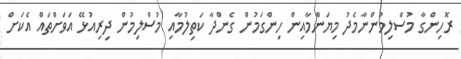
ރޮހިންގާ މުސްލިމުންނާމެދު މިޔަންމާއިން ހިންގަމުން ގެންދާ ކަތިލުމާއި މުސްލިމުން ދިރިއުޅޭ އަވަށްތައް އެކަށް